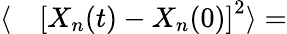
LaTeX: \begin{array}{rl}{\langle}&{{}\left[X_{n}(t)-X_{n}(0)\right]^{2}\rangle=}\end{array}